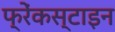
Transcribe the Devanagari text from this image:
फ्रेंकस्टाइन